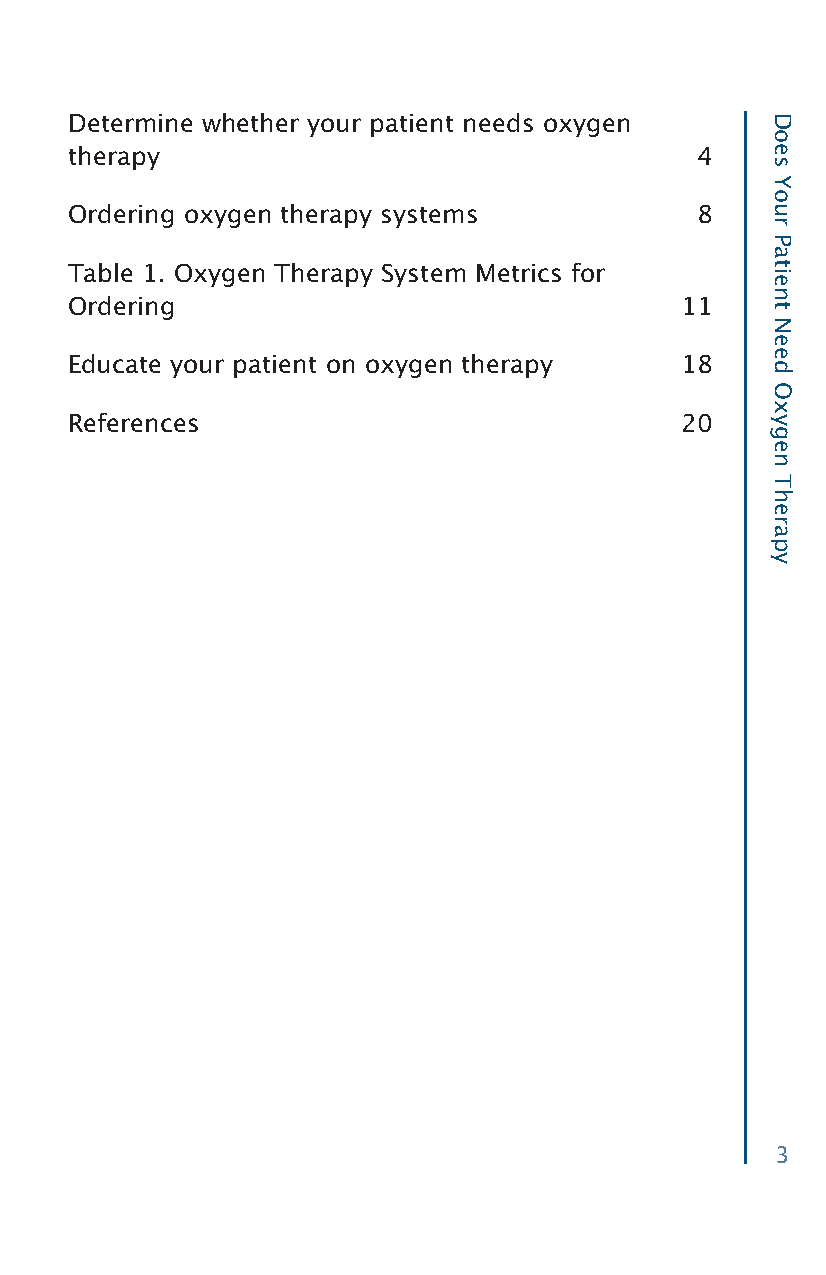
Determine whether your patient needs oxygen
 therapy                                   4
 Ordering oxygen therapy systems           8
 Table 1. Oxygen Therapy System Metrics for
 Ordering                                 11
 Educate your patient on oxygen therapy   18
 References                               20
 3
 Does
 Your
 Patient
 Need
 Oxygen
 Therapy